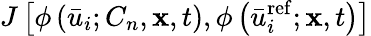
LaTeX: {J\left[{\phi\left({{{\bar{u}}_{i}};{C_{n}},{\mathbf{x}},t}\right),\phi\left({\bar{u}_{i}^{\mathrm{{ref}}};{\mathbf{x}},t}\right)}\right]}